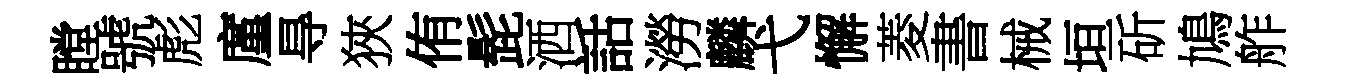
瞠號彪廑㝵狹侑髭洒話澇麟弋懈菱書械垣斫鳩舴